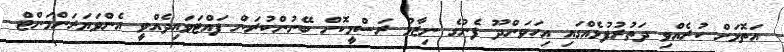
އަތޮޅަށް ކުރެއްވި ދަތުރުފުޅެއްގައި އިހަވަންދޫ ފެނުގެ ނިޒާމު ރަސްމީކޮށް ބޭނުންކުރަން ފައްޓަވައިދެއްވީ އެންވަޔަރަންމަންޓް